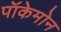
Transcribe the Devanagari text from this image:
पॉकेमोन